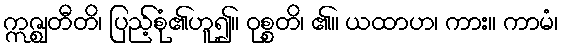
ဣဇ္ဈတီတိ၊ ပြည့်စုံ၏ဟူ၍။ ဝုစ္စတိ၊ ၏။ ယထာဟ၊ ကား။ ကာမံ၊